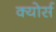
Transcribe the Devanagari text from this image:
क्योर्स